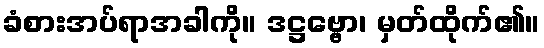
ခံစားအပ်ရာအခါကို။ ဒဋ္ဌဗ္ဗော၊ မှတ်ထိုက်၏။